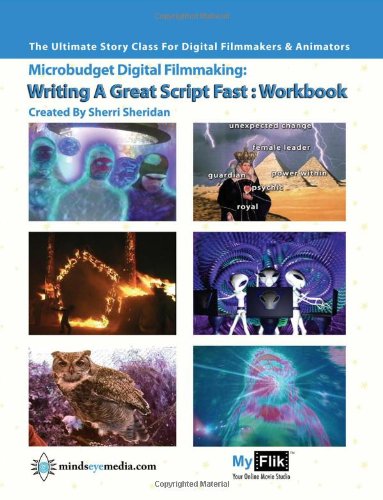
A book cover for Writing A Great Script Fast Workbook: Story For Digital Filmmaking; Sherri Sheridan; Humor & Entertainment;